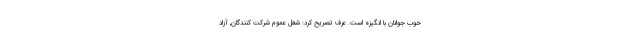
خوب جوانان با انگیزه است. عرف تصریح کرد: شغل عموم شرکت کنندگان, آزاد